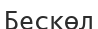
Бескөл